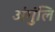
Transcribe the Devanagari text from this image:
अंगुंलि